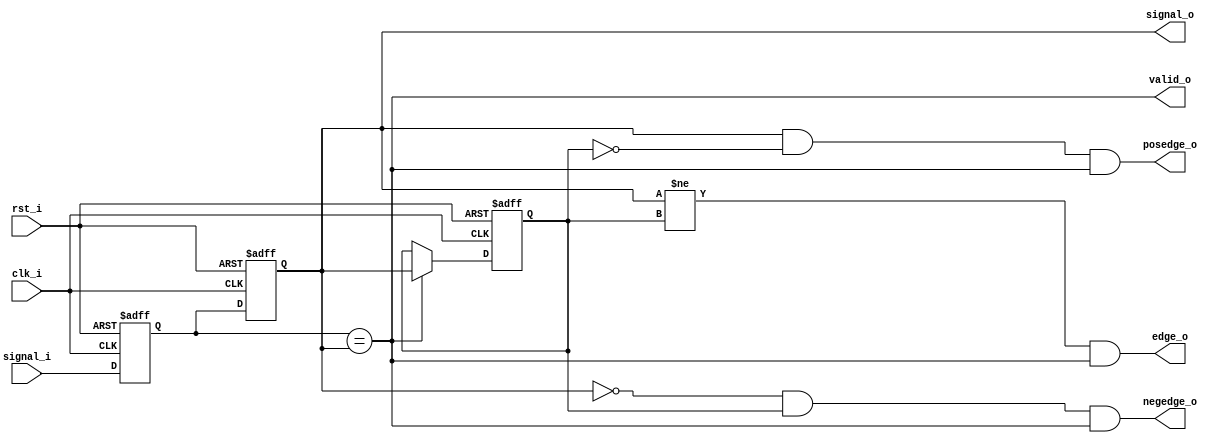
module signal_sync
(
	clk_i,
	rst_i,
	signal_i,
	signal_o,
	valid_o,
	edge_o,
	posedge_o,
	negedge_o
);

input clk_i;
input rst_i;
input signal_i;
output signal_o;
output valid_o;
output edge_o;
output posedge_o;
output negedge_o;

reg stage0;
reg stage1;
reg stage2;

assign valid_o = (stage0 == stage1);
assign edge_o = (stage1 != stage2) && valid_o;
assign posedge_o = (stage1 && !stage2) && valid_o;
assign negedge_o = (!stage1 && stage2) && valid_o;
assign signal_o = stage1;

always @ (posedge(clk_i) or posedge(rst_i)) begin
	if (rst_i) begin
		stage0 <= 0;
		stage1 <= 0;
		stage2 <= 0;
	end
	else begin
		stage0 <= signal_i;
		stage1 <= stage0;
		if (valid_o) begin
			stage2 <= stage1;
		end
	end
end

endmodule